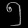
Digit: ၅